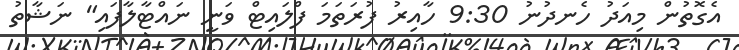
އެގޮތުން މިއަދު ހެނދުނު 9:30 ހާއިރު ފުރަތަމަ ފްލައިޓް ވަނީ ނައްޓާލާފައި" ނަޝާތު